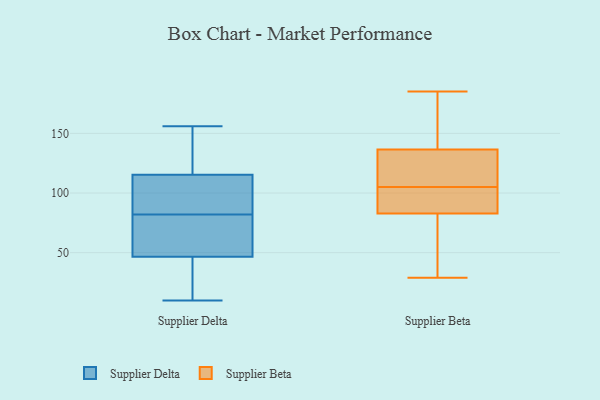
{"axis": {"x": "Population (Million)", "y": "Value"}, "legend": ["Supplier Beta", "Supplier Delta"], "data": [{"x": "", "y": 141, "type": "Supplier Delta"}, {"x": "", "y": 104, "type": "Supplier Delta"}, {"x": "", "y": 37, "type": "Supplier Delta"}, {"x": "", "y": 85, "type": "Supplier Delta"}, {"x": "", "y": 10, "type": "Supplier Delta"}, {"x": "", "y": 156, "type": "Supplier Delta"}, {"x": "", "y": 123, "type": "Supplier Delta"}, {"x": "", "y": 119, "type": "Supplier Delta"}, {"x": "", "y": 72, "type": "Supplier Delta"}, {"x": "", "y": 76, "type": "Supplier Delta"}, {"x": "", "y": 85, "type": "Supplier Delta"}, {"x": "", "y": 11, "type": "Supplier Delta"}, {"x": "", "y": 82, "type": "Supplier Delta"}, {"x": "", "y": 38, "type": "Supplier Delta"}, {"x": "", "y": 20, "type": "Supplier Delta"}, {"x": "", "y": 142, "type": "Supplier Delta"}, {"x": "", "y": 82, "type": "Supplier Delta"}, {"x": "", "y": 86, "type": "Supplier Delta"}, {"x": "", "y": 75, "type": "Supplier Delta"}, {"x": "", "y": 135, "type": "Supplier Beta"}, {"x": "", "y": 60, "type": "Supplier Beta"}, {"x": "", "y": 109, "type": "Supplier Beta"}, {"x": "", "y": 86, "type": "Supplier Beta"}, {"x": "", "y": 29, "type": "Supplier Beta"}, {"x": "", "y": 108, "type": "Supplier Beta"}, {"x": "", "y": 185, "type": "Supplier Beta"}, {"x": "", "y": 103, "type": "Supplier Beta"}, {"x": "", "y": 105, "type": "Supplier Beta"}, {"x": "", "y": 141, "type": "Supplier Beta"}, {"x": "", "y": 180, "type": "Supplier Beta"}, {"x": "", "y": 93, "type": "Supplier Beta"}, {"x": "", "y": 73, "type": "Supplier Beta"}]}